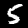
Digit: 5